Vaccination United Provinces of Agra and Oudh 1902-1913 - 1902-1913
Year: 1902
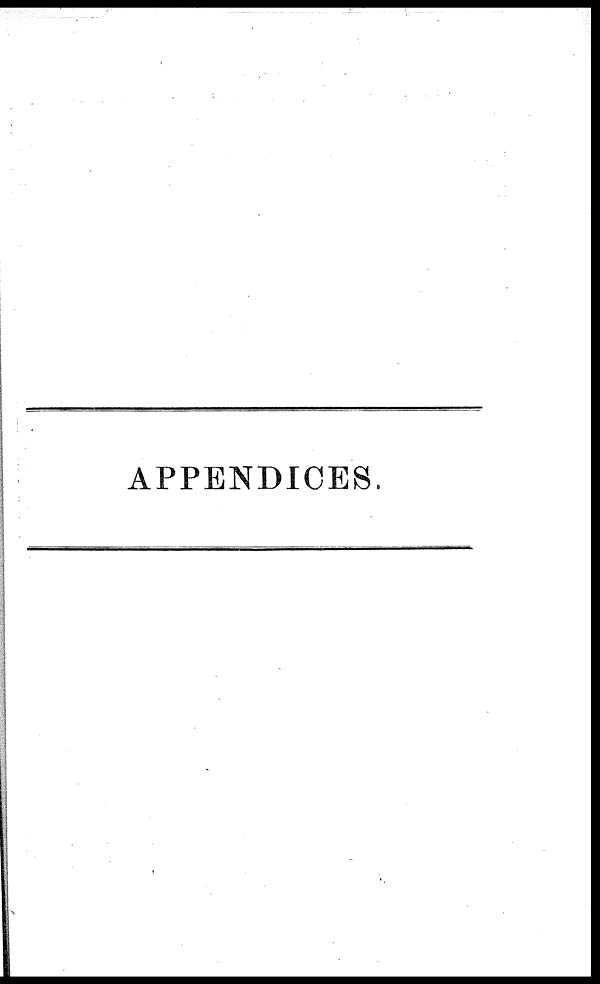
APPENDICES.